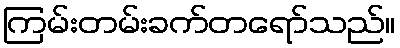
ကြမ်းတမ်းခက်တရော်သည်။